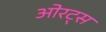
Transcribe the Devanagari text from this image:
ओरट्स